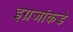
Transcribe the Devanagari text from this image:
इग्रजांकडे